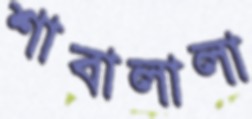
শাবালালা